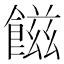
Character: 𩝐